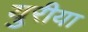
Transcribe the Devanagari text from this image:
युरीया